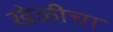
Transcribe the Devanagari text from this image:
खेळीचा